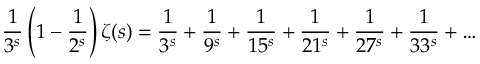
{ \frac { 1 } { 3 ^ { s } } } \left( 1 - { \frac { 1 } { 2 ^ { s } } } \right) \zeta ( s ) = { \frac { 1 } { 3 ^ { s } } } + { \frac { 1 } { 9 ^ { s } } } + { \frac { 1 } { 1 5 ^ { s } } } + { \frac { 1 } { 2 1 ^ { s } } } + { \frac { 1 } { 2 7 ^ { s } } } + { \frac { 1 } { 3 3 ^ { s } } } + \ldots